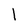
Character: l